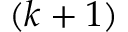
( k + 1 )